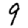
Digit: 9